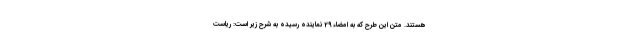
هستند. متن این طرح که به امضاء 29 نماینده رسیده به شرح زیر است: ریاست